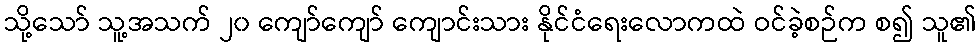
သို့သော် သူ့အသက် ၂၀ ကျော်ကျော် ကျောင်းသား နိုင်ငံရေးလောကထဲ ဝင်ခဲ့စဉ်က စ၍ သူ၏